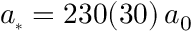
a _ { \scriptscriptstyle * } = 2 3 0 ( 3 0 ) \, a _ { 0 }